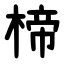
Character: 楴